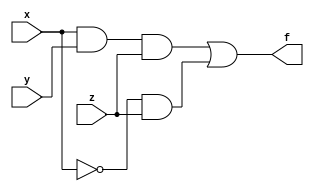
module SOP_method13(f,x,y,z);
	input x,y,z;
	output reg f;
	
	reg temp1;
	reg temp2;
	reg temp3;	
	
always @(*)
	begin
	temp3 = ~x;
	temp2 = (temp3&z);
	temp1 = x&y&z;
	f = temp1|temp2;
		
	end
endmodule